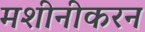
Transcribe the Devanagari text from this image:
मशीनीकरन